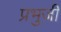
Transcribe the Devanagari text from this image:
प्रभुजी